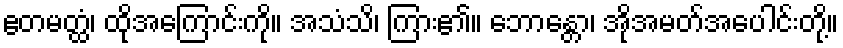
ဧတမတ္ထံ၊ ထိုအကြောင်းကို။ အသံသိ၊ ကြား၏။ ဘောန္တော၊ အိုအမတ်အပေါင်းတို့။